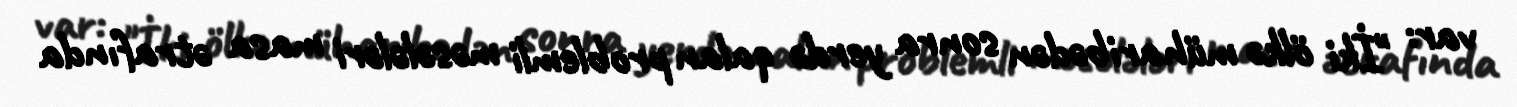
var: "İki ölkə müharibədən sonra yerdə qalan problemli məsələləri masa ətrafında